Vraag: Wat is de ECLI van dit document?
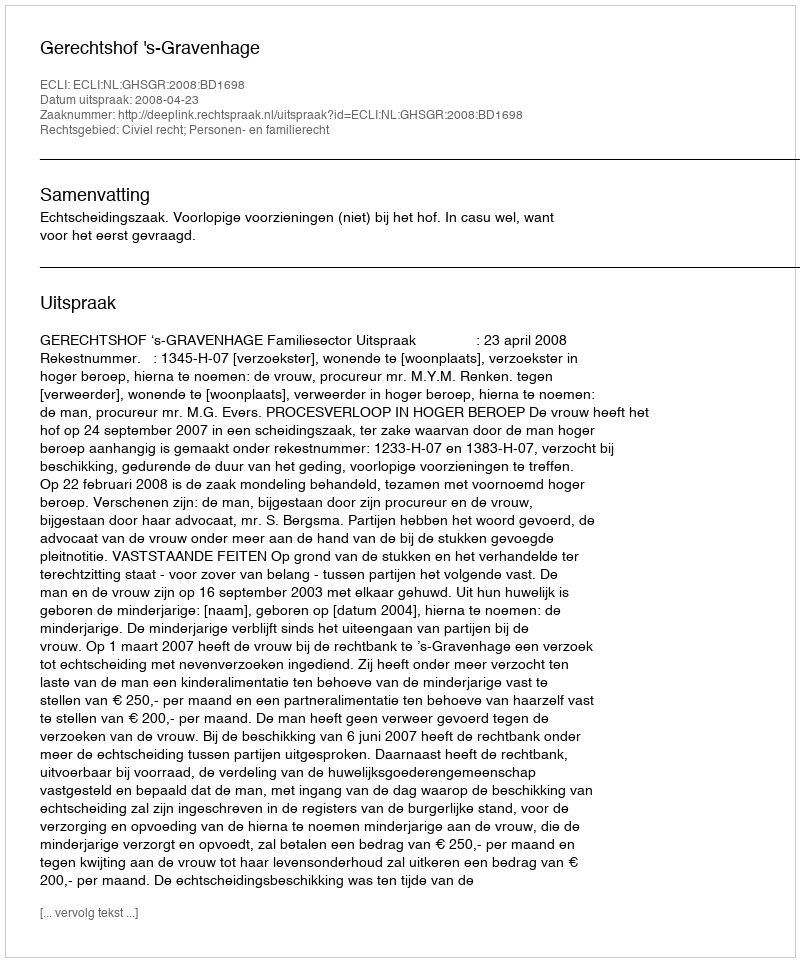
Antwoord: ECLI:NL:GHSGR:2008:BD1698